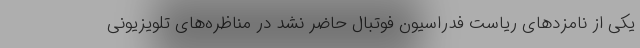
یکی از نامزدهای ریاست فدراسیون فوتبال حاضر نشد در مناظره‌های تلویزیونی